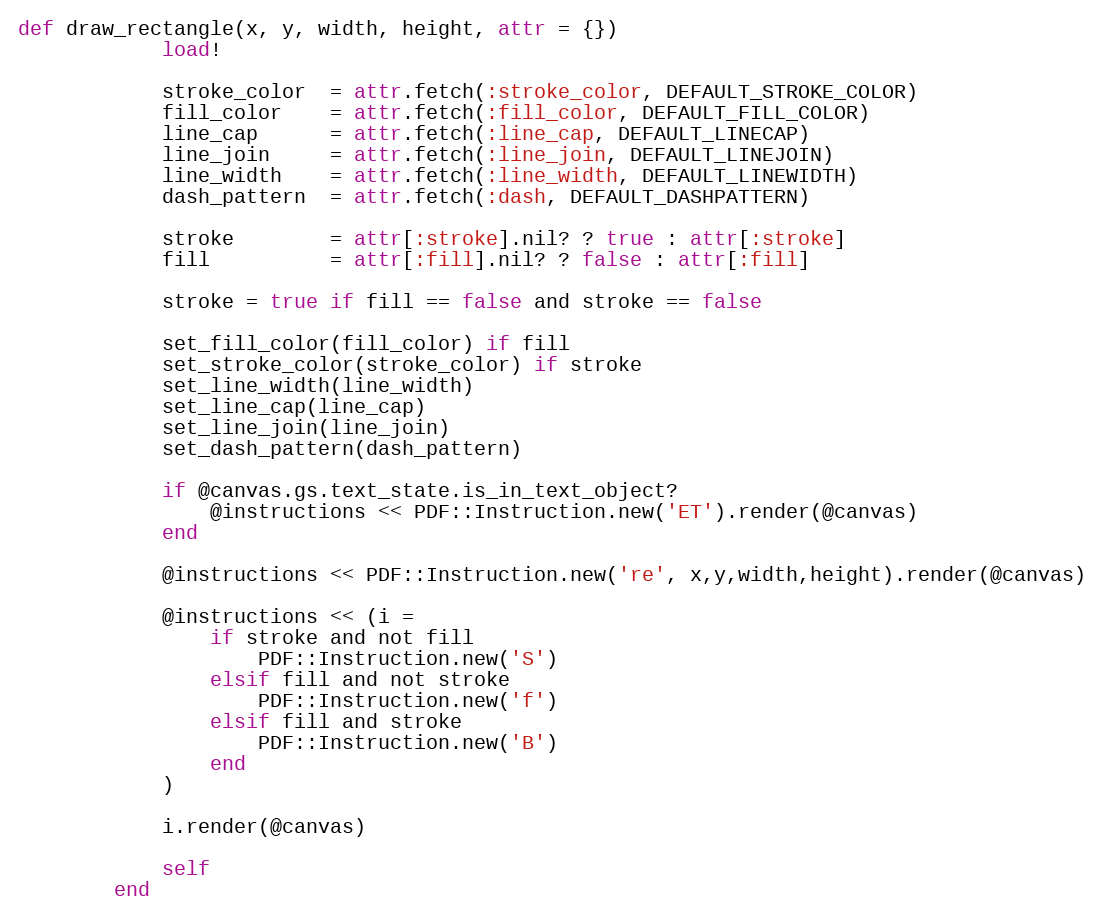
Language: Ruby
def draw_rectangle(x, y, width, height, attr = {})
            load!

            stroke_color  = attr.fetch(:stroke_color, DEFAULT_STROKE_COLOR)
            fill_color    = attr.fetch(:fill_color, DEFAULT_FILL_COLOR)
            line_cap      = attr.fetch(:line_cap, DEFAULT_LINECAP)
            line_join     = attr.fetch(:line_join, DEFAULT_LINEJOIN)
            line_width    = attr.fetch(:line_width, DEFAULT_LINEWIDTH)
            dash_pattern  = attr.fetch(:dash, DEFAULT_DASHPATTERN)

            stroke        = attr[:stroke].nil? ? true : attr[:stroke]
            fill          = attr[:fill].nil? ? false : attr[:fill]

            stroke = true if fill == false and stroke == false

            set_fill_color(fill_color) if fill
            set_stroke_color(stroke_color) if stroke
            set_line_width(line_width)
            set_line_cap(line_cap)
            set_line_join(line_join)
            set_dash_pattern(dash_pattern)

            if @canvas.gs.text_state.is_in_text_object?
                @instructions << PDF::Instruction.new('ET').render(@canvas)
            end

            @instructions << PDF::Instruction.new('re', x,y,width,height).render(@canvas)

            @instructions << (i =
                if stroke and not fill
                    PDF::Instruction.new('S')
                elsif fill and not stroke
                    PDF::Instruction.new('f')
                elsif fill and stroke
                    PDF::Instruction.new('B')
                end
            )

            i.render(@canvas)

            self
        end